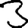
Digit: 3